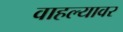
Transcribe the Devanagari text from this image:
वाहल्यावर